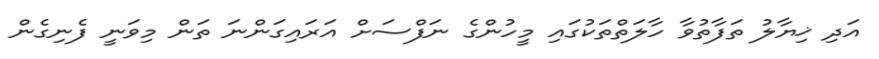
އަދި ޚިޔާލު ތަފާތުވާ ހާލަތްތަކުގައި މީހުންގެ ނަފްސަށް އަރައިގަންނަ ތަން މިވަނީ ފެނިގެން